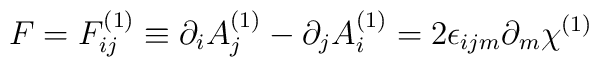
F = F^{(1)}_{ij} \equiv \partial_i A^{(1)}_j - \partial_j A^{(1)}_i =2 \epsilon_{ijm} \partial_m \chi^{(1)}